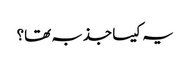
یہ کیسا جذبہ تھا؟